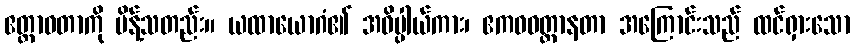
ဧတ္တာဝတာကို မိန့်သတည်း။ ယထာယောဂံ၏ အဓိပ္ပါယ်ကား၊ ဧကဝဝတ္တာနတာ အကြောင်းသည် ထင်ရှားသော